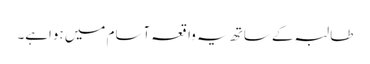
طالبہ کے ساتھ یہ واقعہ آسام میں ہواہے۔